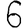
Digit: 6